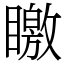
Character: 䁶